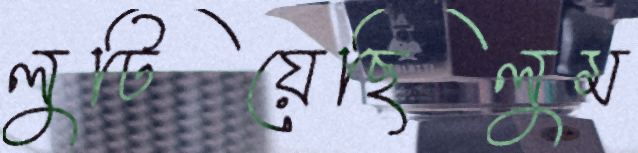
লুটিয়েছিলুম